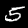
Digit: 5